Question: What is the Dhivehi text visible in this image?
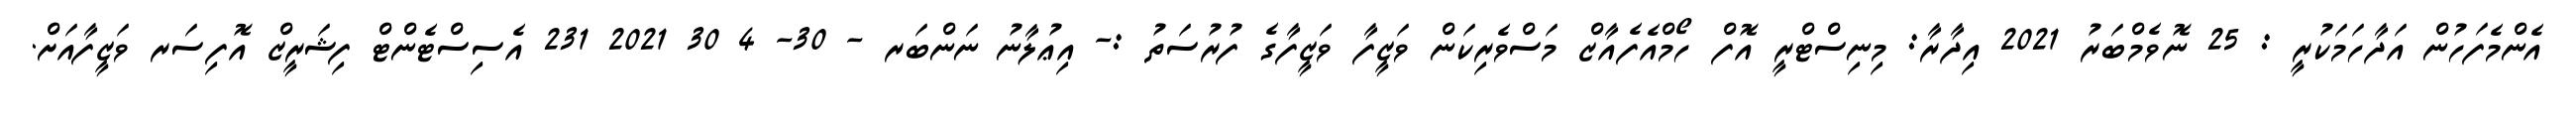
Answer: އެންމެފަހުން އަދާހަމަކުރީ : 25 ނޮވެމްބަރު 2021 އިދާރާ: މިނިސްޓްރީ އޮފް ހޯމްއެފެއާޒް މަސްވެރިކަން ވަޒީފާ ވަޒީފާގެ ފުރުސަތު :- އިޢުލާނު ނަންބަރ - 30- 4 30 2021 231 އެސިސްޓެންޓް ފިޝަރީޒް އޮފިސަރ ވަޒީފާއަށް.